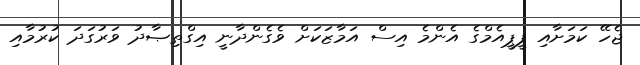
ޖެހޭ ކަމަށާއި ޕީޕީއެމްގެ އެންމެ އިސް އަމާޒަކަށް ވެގެންދާނީ އިގްތިޞާދު ވަރުގަދަ ކުރުމާއި